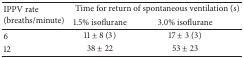
<table><thead><tr><td rowspan="2"><b>IPPV rate (breaths/minute)</b></td><td colspan="2"><b>Time for return of spontaneous ventilation (s)</b></td></tr><tr><td><b>1.5% isoflurane</b></td><td><b>3.0% isoflurane</b></td></tr></thead><tbody><tr><td>6</td><td>11 ± 8 (3)</td><td>17 ± 3 (3)</td></tr><tr><td>12</td><td>38 ± 22</td><td>53 ± 23</td></tr></tbody></table>